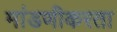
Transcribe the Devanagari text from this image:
मांडणीकरता